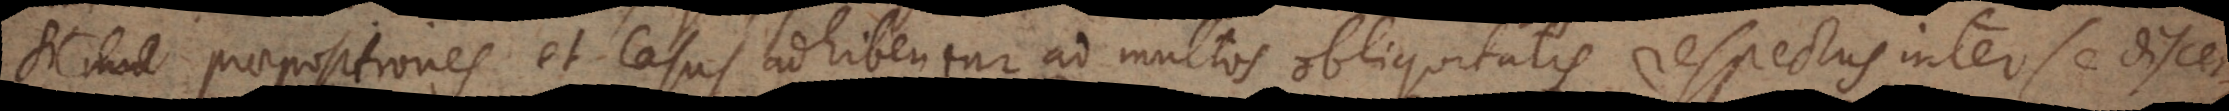
Praepositiones et casus adhibentur ad multos obliquitatis respectus inter se discer